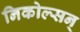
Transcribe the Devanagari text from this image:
निकोल्सन्‌